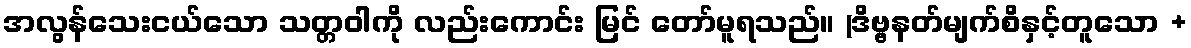
အလွန်သေးငယ်သော သတ္တဝါကို လည်းကောင်း မြင် တော်မူရသည်။ (ဒိဗ္ဗနတ်မျက်စိနှင့်တူသော +